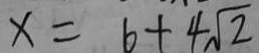
x = b + 4 \sqrt { 2 }